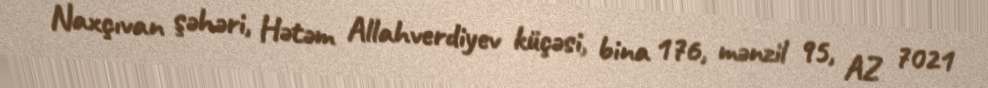
Naxçıvan şəhəri, Hətəm Allahverdiyev küçəsi, bina 176, mənzil 95, AZ 7021